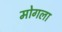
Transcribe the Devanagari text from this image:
मोगला